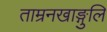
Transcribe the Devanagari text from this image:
ताम्रनखाङ्गुलि